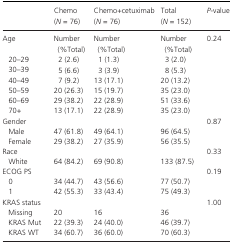
|  | Chemo (N = 76) | Chemo+cetuximab (N = 76) | Total (N = 152) | P‐value |
 | --- | --- | --- | --- | --- |
 | Age | Number (%Total) | Number (%Total) | Number (%Total) | 0.24 |
 | 20–29 | 2 (2.6) | 1 (1.3) | 3 (2.0) |  |
 | 30–39 | 5 (6.6) | 3 (3.9) | 8 (5.3) |  |
 | 40–49 | 7 (9.2) | 13 (17.1) | 20 (13.2) |  |
 | 50–59 | 20 (26.3) | 15 (19.7) | 35 (23.0) |  |
 | 60–69 | 29 (38.2) | 22 (28.9) | 51 (33.6) |  |
 | 70+ | 13 (17.1) | 22 (28.9) | 35 (23.0) |  |
 | Gender |  |  |  | 0.87 |
 | Male | 47 (61.8) | 49 (64.1) | 96 (64.5) |  |
 | Female | 29 (38.2) | 27 (35.9) | 56 (35.5) |  |
 | Race |  |  |  | 0.33 |
 | White | 64 (84.2) | 69 (90.8) | 133 (87.5) |  |
 | ECOG PS |  |  |  | 0.19 |
 | 0 | 34 (44.7) | 43 (56.6) | 77 (50.7) |  |
 | 1 | 42 (55.3) | 33 (43.4) | 75 (49.3) |  |
 | KRAS status |  |  |  | 1.00 |
 | Missing | 20 | 16 | 36 |  |
 | KRAS Mut | 22 (39.3) | 24 (40.0) | 46 (39.7) |  |
 | KRAS WT | 34 (60.7) | 36 (60.0) | 70 (60.3) |  |